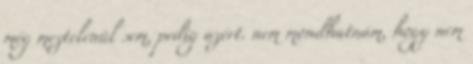
még meztelenül sem, pedig azért. nem mondhatnám, hogy nem